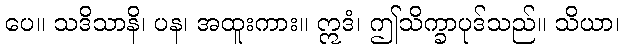
ပေ။ သဒိသာနိ၊ ပန၊ အထူးကား။ ဣဒံ၊ ဤသိက္ခာပုဒ်သည်။ သိယာ၊